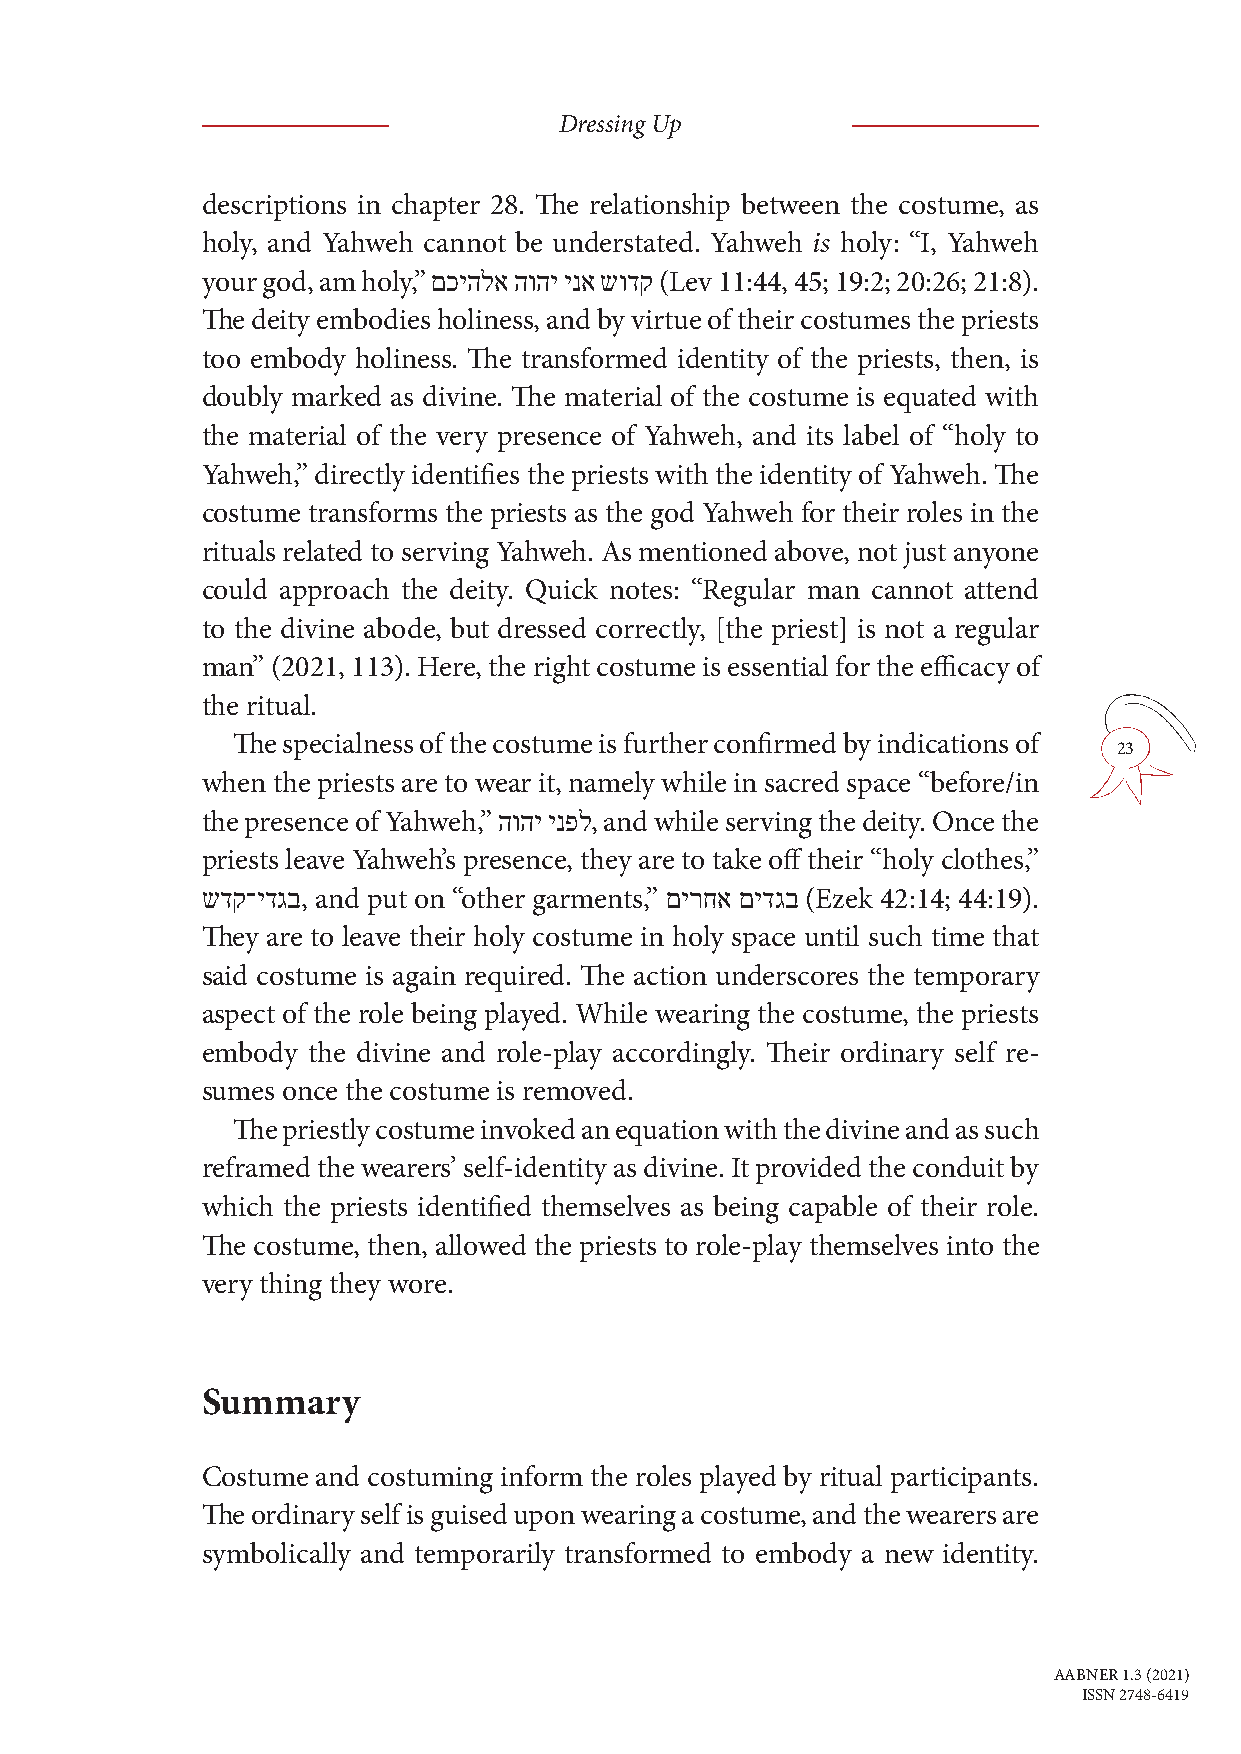
Dressing Up
 descriptions in chapter 28. The relationship between the costume, as
 holy, and Yahweh cannot be understated. Yahweh is holy: “I, Yahweh
 your god, am holy,” םכיהלא הוהי ינא שודק (Lev 11:44, 45; 19:2; 20:26; 21:8).
 The deity embodies holiness, and by virtue of their costumes the priests
 too embody holiness. The transformed identity of the priests, then, is
 doubly marked as divine. The material of the costume is equated with
 the material of the very presence of Yahweh, and its label of “holy to
 Yahweh,” directly identifies the priests with the identity of Yahweh. The
 costume transforms the priests as the god Yahweh for their roles in the
 rituals related to serving Yahweh. As mentioned above, not just anyone
 could approach the deity. Quick notes: “Regular man cannot attend
 to the divine abode, but dressed correctly, [the priest] is not a regular
 man” (2021, 113). Here, the right costume is essential for the efficacy of
 the ritual.
 The specialness of the costume is further confirmed by indications of
 23
 when the priests are to wear it, namely while in sacred space “before/in
 the presence of Yahweh,” הוהי ינפל, and while serving the deity. Once the
 priests leave Yahweh’s presence, they are to take off their “holy clothes,”
 שדק־ידגב, and put on “other garments,” םירחא םידגב (Ezek 42:14; 44:19).
 They are to leave their holy costume in holy space until such time that
 said costume is again required. The action underscores the temporary
 aspect of the role being played. While wearing the costume, the priests
 embody the divine and role-play accordingly. Their ordinary self re-
 sumes once the costume is removed.
 The priestly costume invoked an equation with the divine and as such
 reframed the wearers’ self-identity as divine. It provided the conduit by
 which the priests identified themselves as being capable of their role.
 The costume, then, allowed the priests to role-play themselves into the
 very thing they wore.
 Summary
 Costume and costuming inform the roles played by ritual participants.
 The ordinary self is guised upon wearing a costume, and the wearers are
 symbolically and temporarily transformed to embody a new identity.
 AABNER 1.3 (2021)
 ISSN 2748-6419